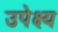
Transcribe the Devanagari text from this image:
उपेक्ष्य